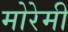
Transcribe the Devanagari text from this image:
मोरेमी